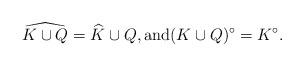
LaTeX: \begin{align*}\widehat{K\cup Q} = \widehat K\cup Q, \mbox{and} (K\cup Q)^\circ=K^\circ.\end{align*}